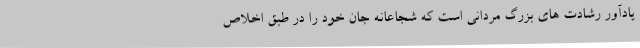
یادآور رشادت های بزرگ مردانی است که شجاعانه جان خود را در طبق اخلاص